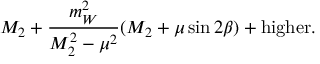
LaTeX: M _ { 2 } + \frac { m _ { W } ^ { 2 } } { M _ { 2 } ^ { 2 } - \mu ^ { 2 } } ( M _ { 2 } + \mu \sin 2 \beta ) + \mathrm { h i g h e r } .